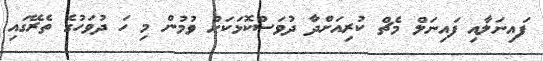
ފައިނަލާއި ފައިނަލް މެޗް ކުރިއަށްދާ ދުވަސްކޮޅަކަށް ވުމުން މި ހަ ދުވަހުގެ ތެރޭގައި